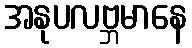
အနုပလဗ္ဘမာနေ